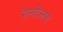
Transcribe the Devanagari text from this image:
रेलटेलचे